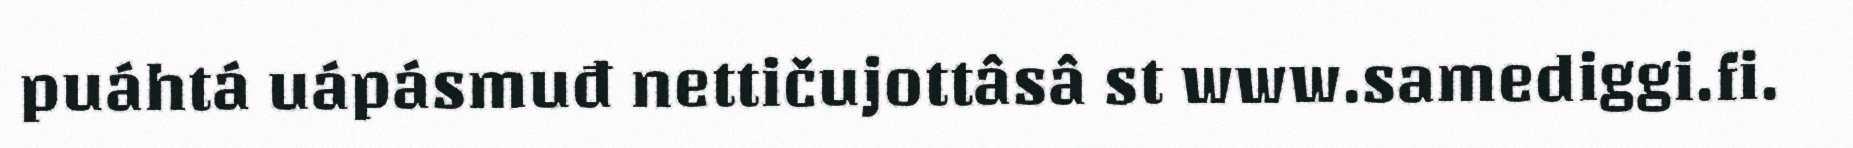
puáhtá uápásmuđ nettičujottâsâ st www.samediggi.fi.